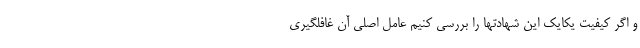
و اگر کیفیت یکایک این شهادتها را بررسی کنیم عامل اصلی آن غافلگیری